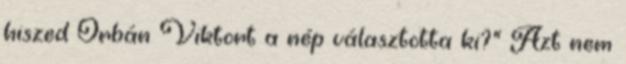
hiszed Orbán Viktort a nép választotta ki?" Azt nem